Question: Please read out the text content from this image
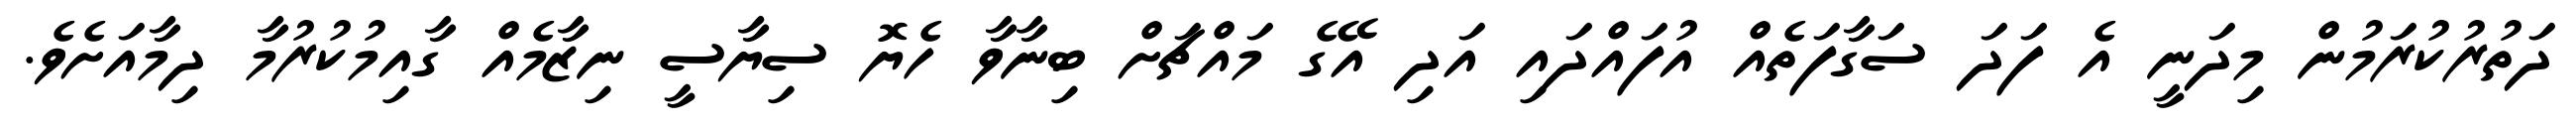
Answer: ދަތުރުކުރަމުން މިދަނީ އެ ފަދަ ސަގާފަތެއް އުފައްދައި އަދި އޭގެ މައްޗަށް ބިނާވާ ހެޔޮ ސިޔާސީ ނިޒާމެއް ގާއިމުކުރުމާ ދިމާއަށެވެ.